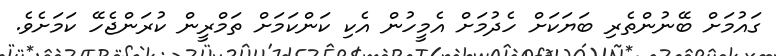
ގައުމަށް ބޭނުންތެރި ބަޔަކަށް ހެދުމަށް އެމީހުން އެކި ކަންކަމަށް ތަމްރީން ކުރަންޖެހޭ ކަަމަށެވެ.